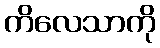
ကိလေသာကို